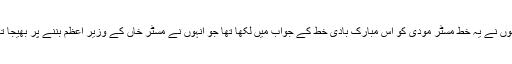
انہوں نے یہ خط مسٹر مودی کو اس مبارک بادی خط کے جواب میں لکھا تھا جو انہوں نے مسٹر خاں کے وزیر اعظم بننے پر بھیجا تھا۔